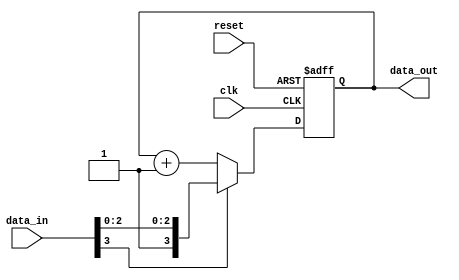
module sequential_logic (
    input wire clk,          // Clock input
    input wire reset,        // Asynchronous reset
    input wire [3:0] data_in, // 4-bit input data
    output reg [3:0] data_out // 4-bit output data
);

// Initial block to set default state
initial begin
    data_out = 4'b0000; // Initialize output to 0
end

// Sequential logic block
always @(posedge clk or posedge reset) begin
    if (reset) begin
        data_out <= 4'b0000; // Reset output to 0
    end else begin
        // Update output based on input data
        if (data_in[3]) begin
            data_out <= data_in; // If the MSB of data_in is high, update data_out
        end else begin
            data_out <= data_out + 1; // Otherwise, increment data_out
        end
    end
end

endmodule